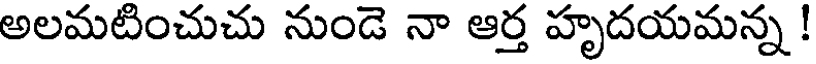
అలమటించుచు నుండె నా ఆర్త హృదయమన్న !